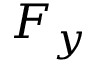
F _ { y }